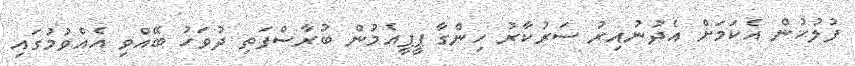
ފުލުހުން އެކަމަށް އެދުނުއިރު ސަރުކާރު ހިންގާ ޕީޕީއެމުން ބުރާސްފަތި ދުވަހު ބޭއްވި އެއްވުމުގައި